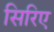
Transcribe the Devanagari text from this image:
सिरिए